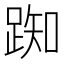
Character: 踟